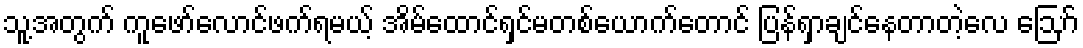
သူ့အတွက် ကူဖော်လောင်ဖက်ရမယ့် အိမ်ထောင်ရှင်မတစ်ယောက်တောင် ပြန်ရှာချင်နေတာတဲ့လေ ဪ